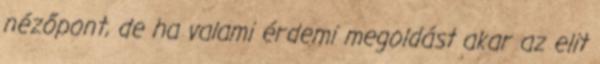
nézőpont, de ha valami érdemi megoldást akar az elit